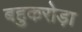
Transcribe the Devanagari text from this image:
बहुकरोड़ा